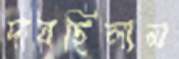
দাবছিলাম